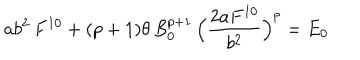
a b ^ { 2 } \, F ^ { 1 0 } + ( p + 1 ) \theta \, B _ { 0 } ^ { p + 1 } \, \Bigl ( \frac { 2 a F ^ { 1 0 } } { b ^ { 2 } } \Bigr ) ^ { p } = E _ { 0 }